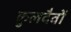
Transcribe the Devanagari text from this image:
कुलदैवों